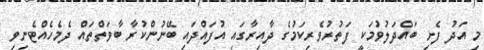
މި އަދު ފެށި ބައްދަލުވުމަކީ ފަތުރުވެރިކަމުގެ ދާއިރާގައި އުފައްދައި ބޭނުންކުރާ ބާވަތްތައް ދެމެހެއްޓެނިވި